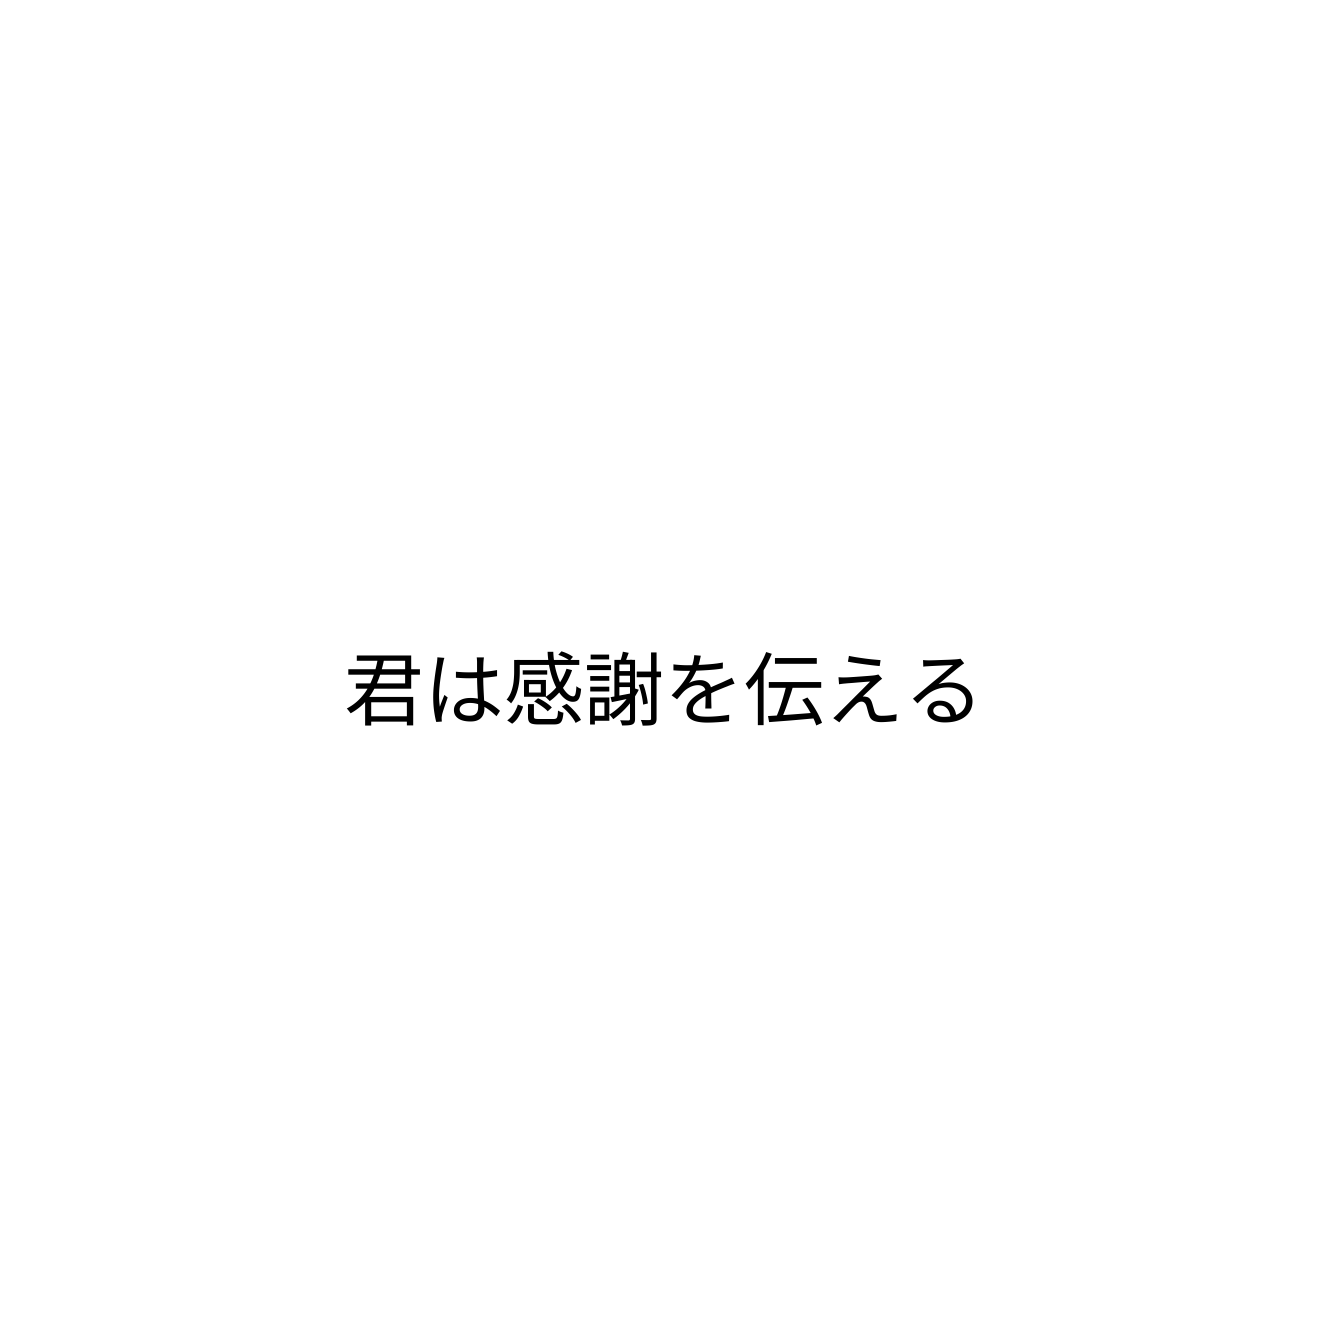
君は感謝を伝える